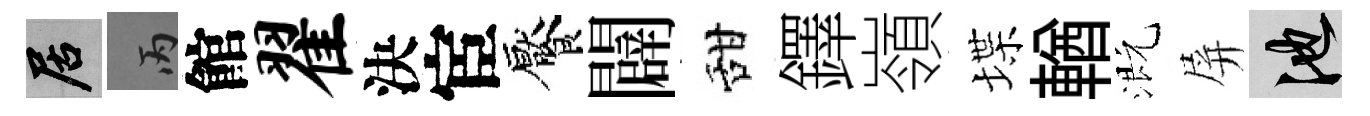
居丙館翟決宦饜闢甜鐸嶺堞輶溉屏池